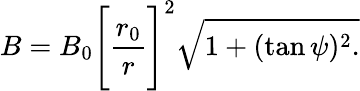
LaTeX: B=B_{0}\Bigg[\frac{r_{0}}{r}\Bigg]^{2}\sqrt{1+(\tan\psi)^{2}.}